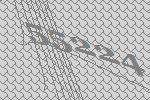
55224